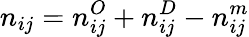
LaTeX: n_{ij}=n_{ij}^{O}+n_{ij}^{D}-n_{ij}^{m}